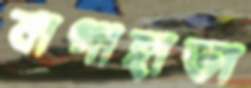
বাগাহাতা